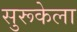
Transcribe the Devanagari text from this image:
सुरूकेला